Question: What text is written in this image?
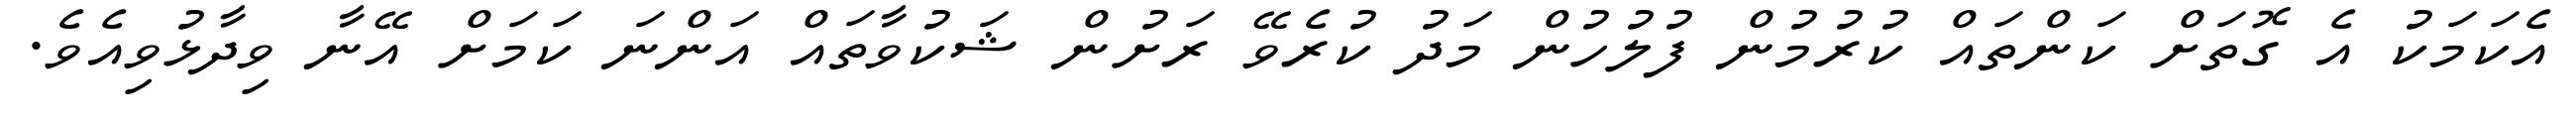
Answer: އެކަމަކު އެ ގޮތަށް ކަންތައް ކުރުމުން ފުލުހުން މަދު ކުރެވޭ ރަށުން ޝަކުވާތައް އަންނަ ކަމަށް އޭނާ ވިދާޅުވިއެވެ.